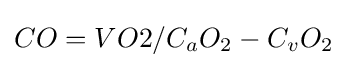
CO=VO2/C_{a}O_{2}-C_{v}O_{2}